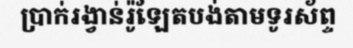
ប្រាក់រង្វាន់រ៉ូឡែតបង់តាមទូរស័ព្ទ